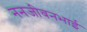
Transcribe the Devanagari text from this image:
ननजीवनभाई